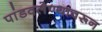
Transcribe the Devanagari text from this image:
पांडवलेण्यावरून